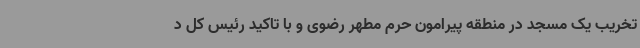
تخریب یک مسجد در منطقه پیرامون حرم مطهر رضوی و با تاکید رئیس کل د